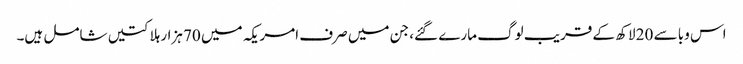
اس وبا سے 20 لاکھ کے قریب لوگ مارے گئے، جن میں صرف امریکہ میں 70 ہزار ہلاکتیں شامل ہیں۔